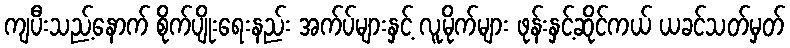
ကျပီးသည့်နောက် စိုက်ပျိုးရေးနည်း အက်ပ်များနှင့် လူမိုက်များ ဖုန်းနှင့်ဆိုင်ကယ် ယခင်သတ်မှတ်